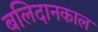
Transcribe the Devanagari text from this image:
बलिदानकाल